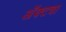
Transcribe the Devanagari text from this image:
अॅक्टचा